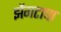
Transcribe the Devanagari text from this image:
झेंगटाचा